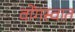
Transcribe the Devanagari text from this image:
वोंगस्वात